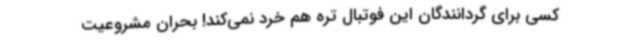
کسی برای گردانندگان این فوتبال تره هم خرد نمی‌کند! بحران مشروعیت